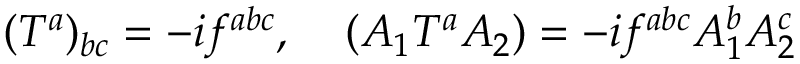
( { T ^ { a } } ) _ { b c } = - i f ^ { a b c } , \; \; \; \; ( { \cal A } _ { 1 } T ^ { a } { \cal A } _ { 2 } ) = - i f ^ { a b c } { \cal A } _ { 1 } ^ { b } { \cal A } _ { 2 } ^ { c }